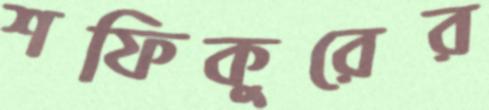
শফিকুরের